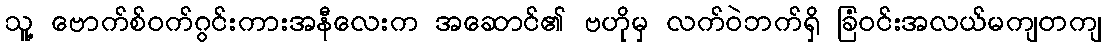
သူ့ ဗောက်စ်ဝက်ဂွင်းကားအနီလေးက အဆောင်၏ ဗဟိုမှ လက်ဝဲဘက်ရှိ ခြံဝင်းအလယ်မကျတကျ